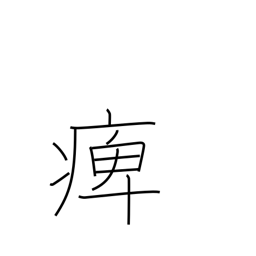
Meaning: paralysed